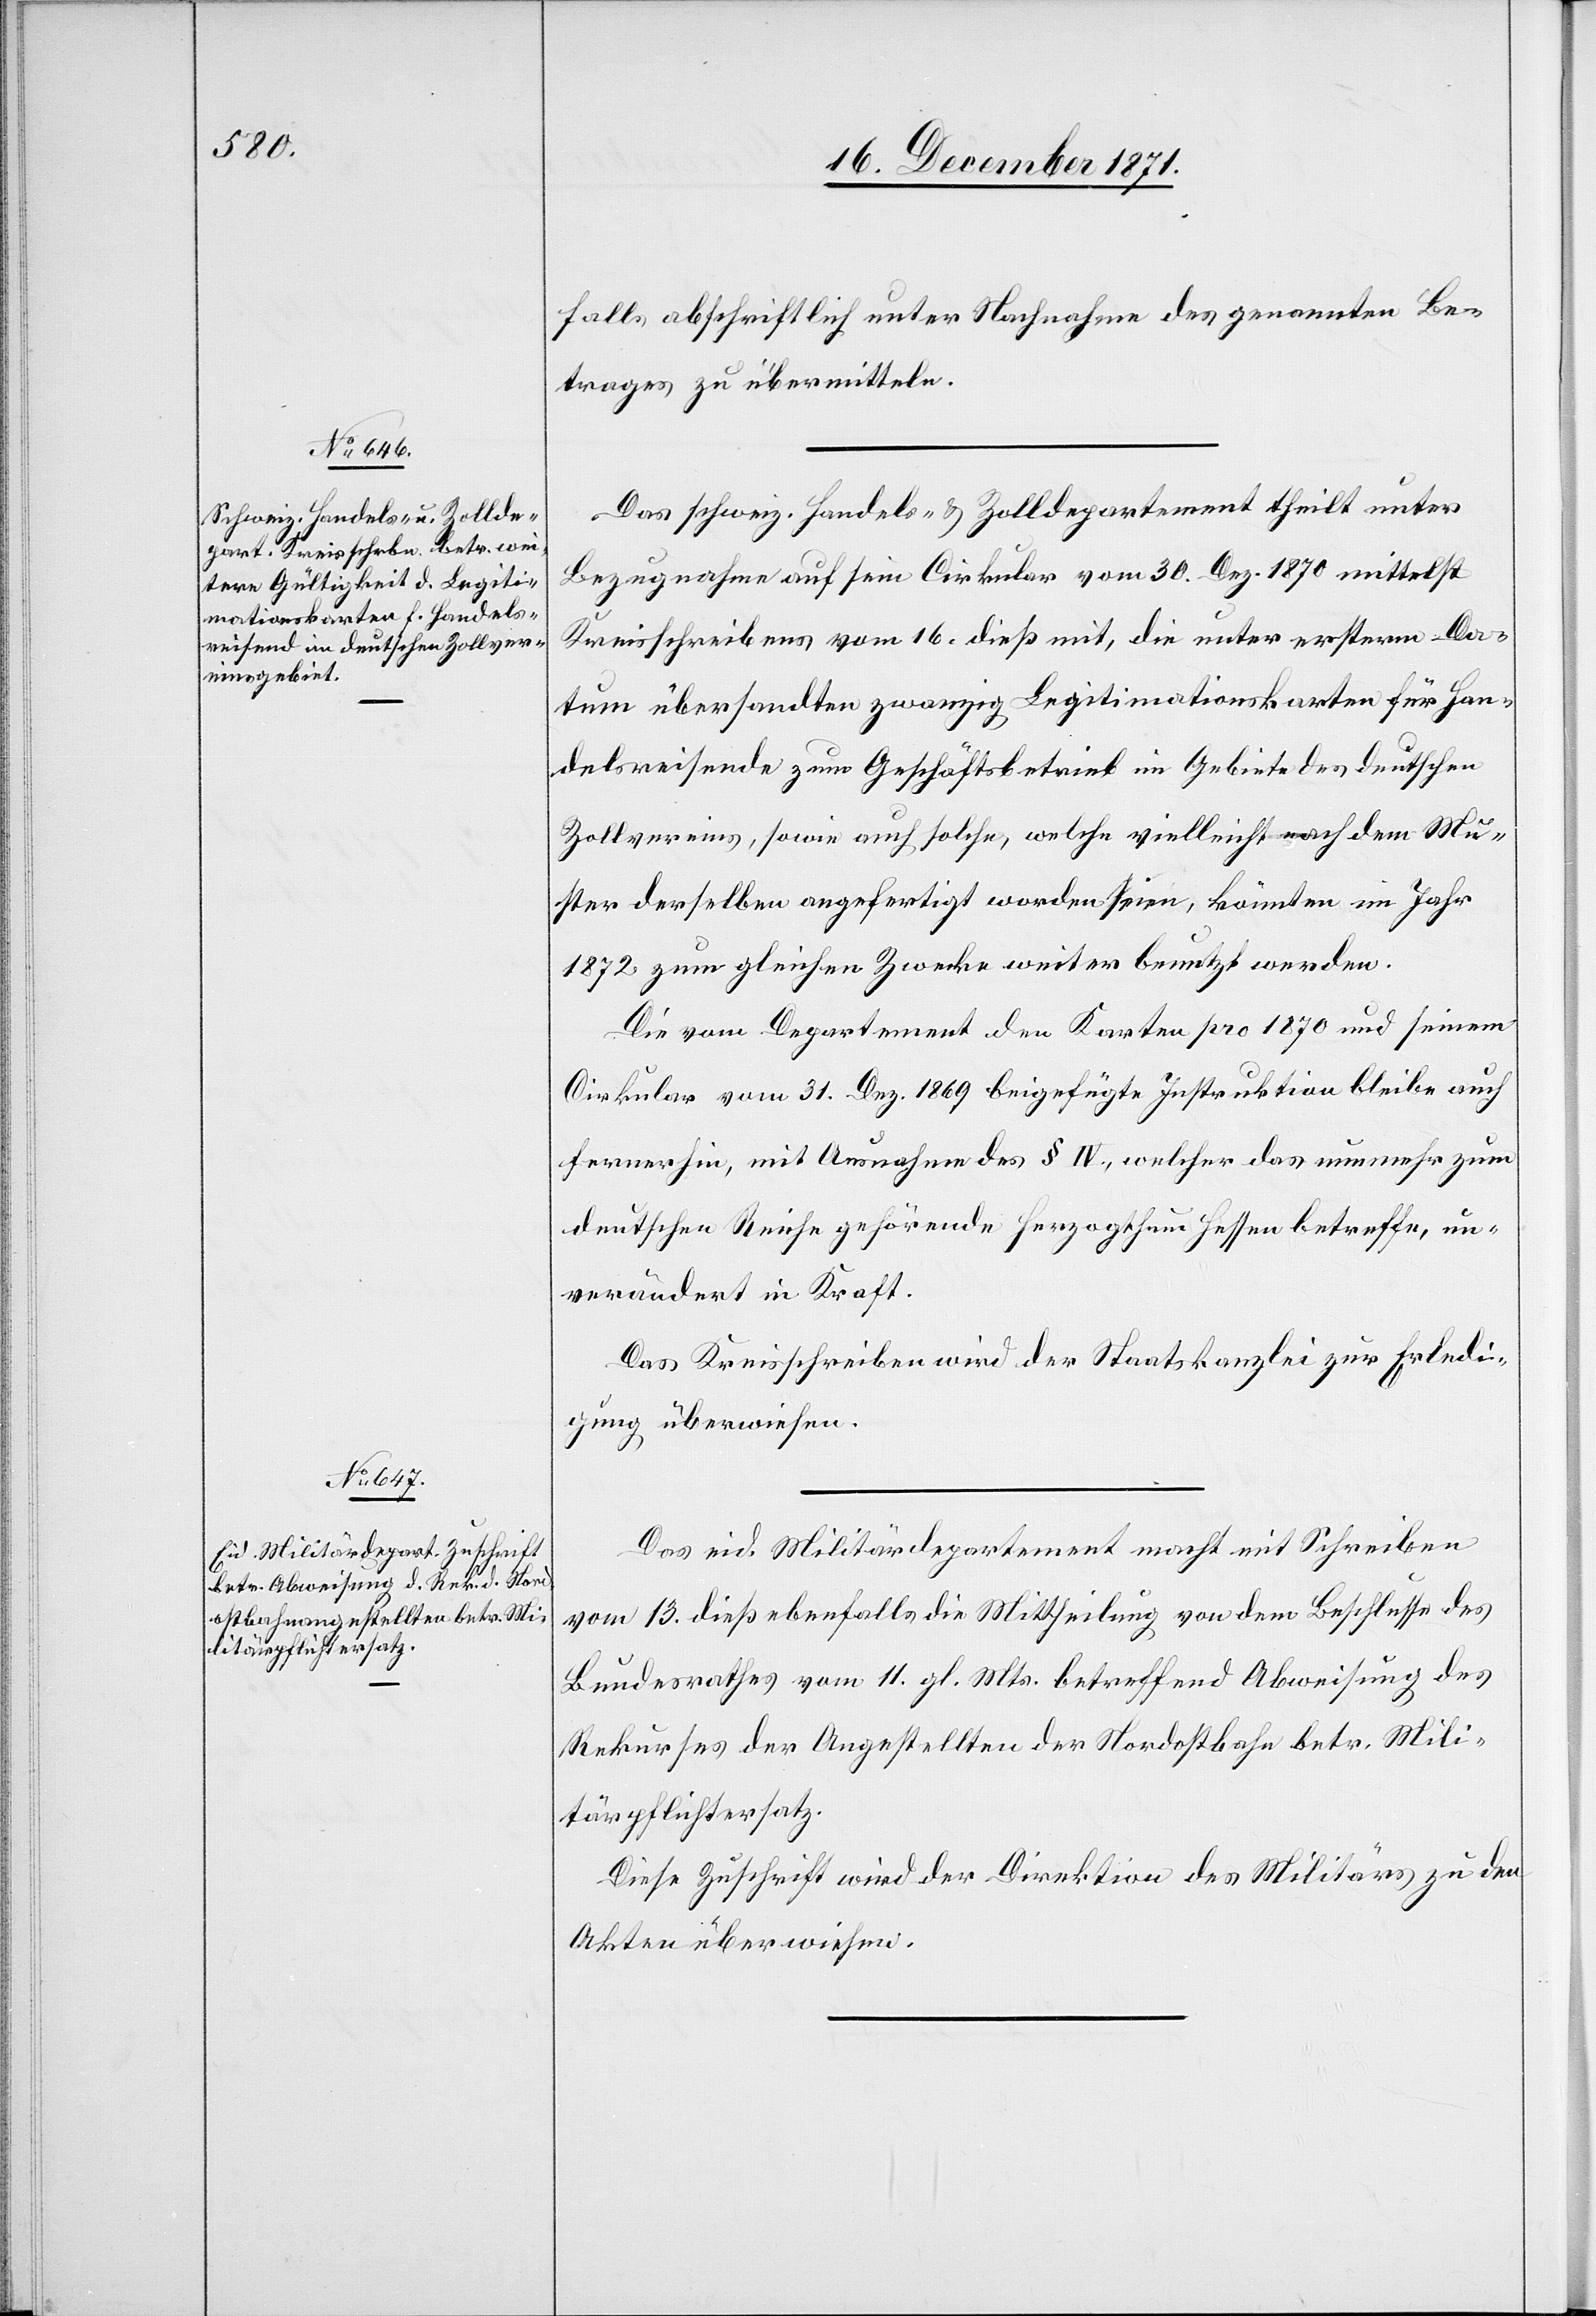
18. December 1871.]
falls abschriftlich unter Nachnahme des genannten Be¬
trages zu übermitteln.
Das schweiz. Handels- & Zolldepartement theilt unter
Bezugnahme auf sein Cirkular vom 30. Dez. 1870 mittelst
Kreisschreibens vom 16. dieß mit, die unter ersterm Da¬
tum übersandten zwanzig Legitimationskarten für Han¬
delsreisende zum Geschäftsbetrieb im Gebiete des deutschen
Zollvereins, sowie auch solche, welche vielleicht nach dem Mu¬
ster derselben angefertigt worden seien, könnten im Jahr
1872 zum gleichen Zwecke weiter benutzt werden.
Die vom Departement den Karten pro 1870 und seinem
Cirkular vom 31. Dez. 1869 beigefügte Instruktion bleibe auch
fernerhin, mit Ausnahme des § IV., welcher das nunmehr zum
deutschen Reiche gehörende Herzogthum Hessen betreffe, un¬
verändert in Kraft.
Das Kreisschreiben wird der Staatskanzlei zur Erledi¬
gung überwiesen.
Das eid. Militärdepartement macht mit Schreiben
vom 13. dieß ebenfalls die Mittheilung von dem Beschlusse des
Bundesrathes vom 11. gl. Mts. betreffend Abweisung des
Rekurses der Angestellten der Nordostbahn betr. Mili¬
tärpflichtersatz.
Diese Zuschrift wird der Direktion des Militärs zu den
Akten überwiesen.